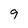
Character: 9